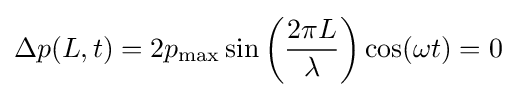
\Delta p(L,t)=2p_{\text{max}}\sin \left({2\pi L \over \lambda }\right)\cos(\omega t)=0